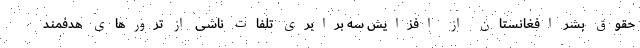
حقوق بشر افغانستان از افزایش سه برابری تلفات ناشی از ترور‌های هدفمند